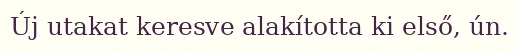
Új utakat keresve alakította ki első, ún.